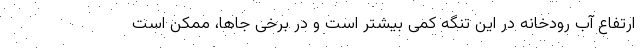
ارتفاع آب رودخانه در این تنگه کمی بیشتر است و در برخی جاها، ممکن است